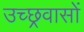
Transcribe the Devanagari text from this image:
उच्छ्रवासों